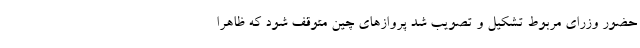
حضور وزرای مربوط تشکیل و تصویب شد پروازهای چین متوقف شود که ظاهرا